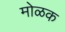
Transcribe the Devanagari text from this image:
मोळक